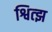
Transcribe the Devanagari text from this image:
श्वित्झ